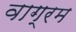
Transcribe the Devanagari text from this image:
वाग्रम